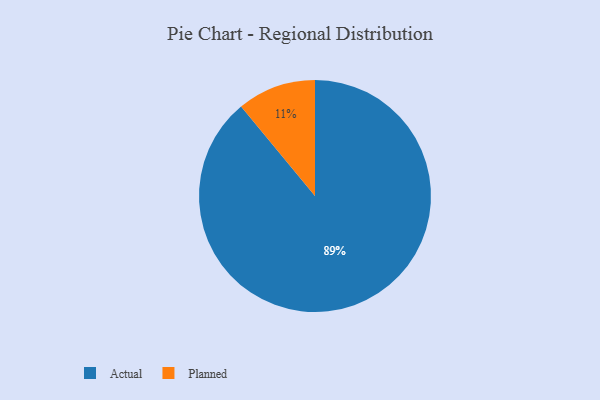
{"axis": {"x": "Category", "y": "Percentage"}, "legend": ["Actual", "Planned"], "data": [{"x": "Planned", "y": 11, "type": "Planned"}, {"x": "Actual", "y": 89, "type": "Actual"}]}